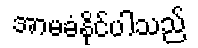
အာမခံနိုင်ပါသည်